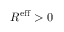
R ^ { \mathrm { e f f } } > 0